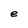
Character: e